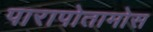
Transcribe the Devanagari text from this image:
पारापोतामोस